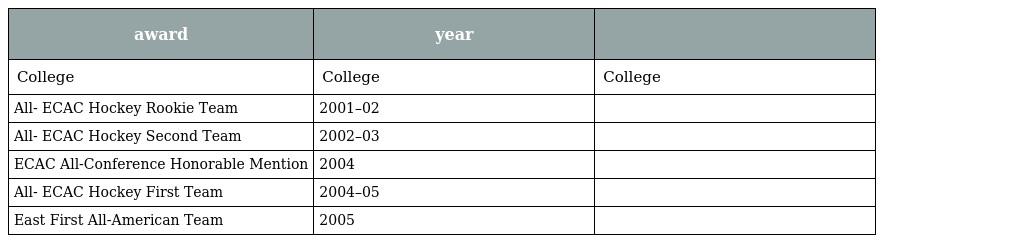
| award | year |  |
 | --- | --- | --- |
 | College | College | College |
 | All- ECAC Hockey Rookie Team | 2001–02 |  |
 | All- ECAC Hockey Second Team | 2002–03 |  |
 | ECAC All-Conference Honorable Mention | 2004 |  |
 | All- ECAC Hockey First Team | 2004–05 |  |
 | East First All-American Team | 2005 |  |